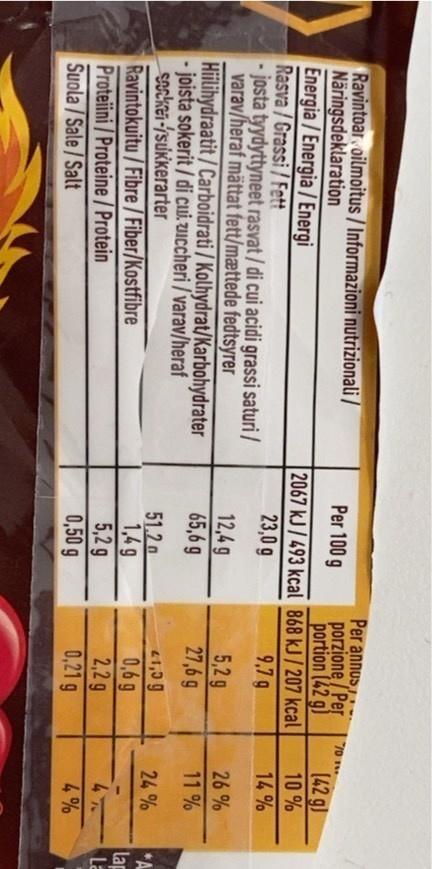
Per annus porzione / Per portion (42 g) 2067 kJ/ 493 kcal 868 kJ/207 kcal 9.7 g
Ravintoar oilmoitus / Informazioni nutrizionali / Näringsdeklaration Energia /Energia /Energi Rasva/Grassi/Fett - josta tyydyttyneet rasvat/ di cui acidi grassi saturi / varav/heraf mättat fett/mættede fedtsyrer Hiilihydraatit /Carboidrati / Kolhydrat/Karbohydrater - joista sokerit/ di cui uuccheri /varav/heraf sackei-/suKkerarter Ravintokuitu/Fibre/Fiber/Kostfibre Proteiini / Proteine /Protein Suola/Sale/Salt
Per 100 g
(42 g)
10 %
23,0 g
14 %
26%
12,4g 65,6 g
5,2g 27,6 g
11 %
41,0 g
*A lap La 4%
24 %
51.2 a 1,49 5,2 g 0,50 g
0,6 g 2,2 g 0,21 g
4